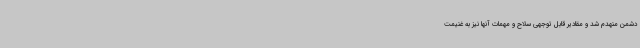
دشمن منهدم شد و مقادیر قابل توجهی سلاح و مهمات آنها نیز به غنیمت